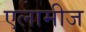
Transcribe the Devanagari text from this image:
एलामीज